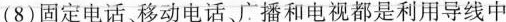
(8)固定电话移动电话、广播和电视都是利用导线中